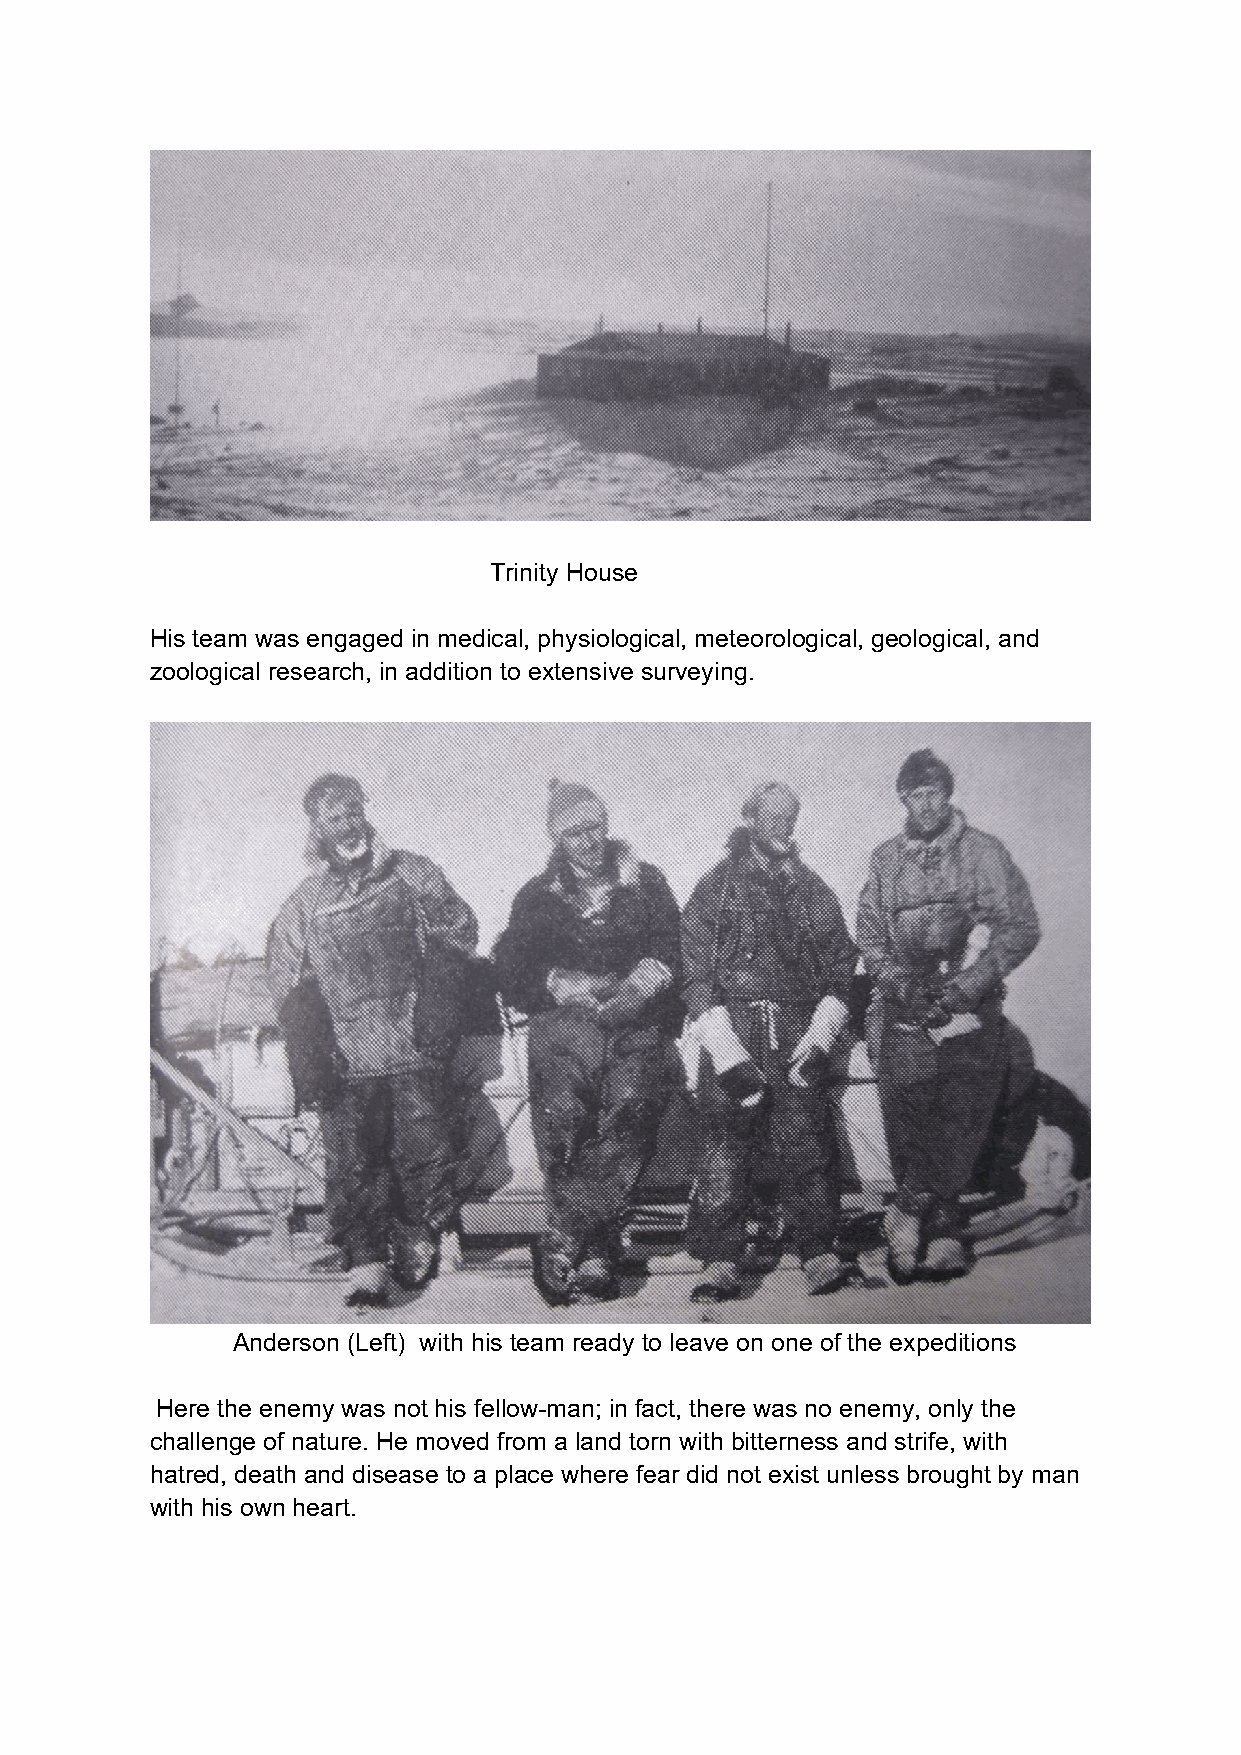
Trinity House
 His team was engaged in medical, physiological, meteorological, geological, and
 zoological research, in addition to extensive surveying.
 Anderson (Left) with his team ready to leave on one of the expeditions
 Here the enemy was not his fellow-man; in fact, there was no enemy, only the
 challenge of nature. He moved from a land torn with bitterness and strife, with
 hatred, death and disease to a place where fear did not exist unless brought by man
 with his own heart.